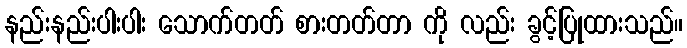
နည်းနည်းပါးပါး သောက်တတ် စားတတ်တာ ကို လည်း ခွင့်ပြုထားသည်။